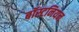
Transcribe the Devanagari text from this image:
बॉस्टनियन